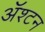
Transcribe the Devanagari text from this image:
ॲश्टन